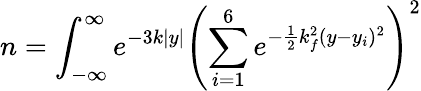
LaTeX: n=\int_{-\infty}^{\infty}e^{-3k|y|}\left(\sum_{i=1}^{6}e^{-\frac{1}{2}k_{f}^{2}(y-y_{i})^{2}}\right)^{2}